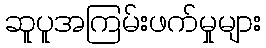
ဆူပူအကြမ်းဖက်မှုများ